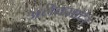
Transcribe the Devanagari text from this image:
अलेक्सांदेर